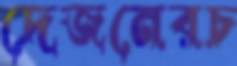
দেজনেরচ